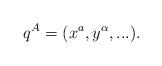
LaTeX: \begin{align*}q^A = (x^a, y^\alpha,...).\end{align*}